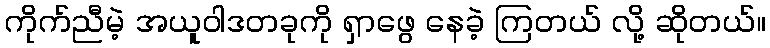
ကိုက်ညီမဲ့ အယူဝါဒတခုကို ရှာဖွေ နေခဲ့ ကြတယ် လို့ ဆိုတယ်။